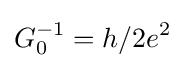
G_{0}^{-1}=h/2e^{2}